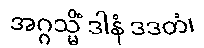
အဂ္ဂသ္မိံ ဒါနံ ဒဒတံ၊